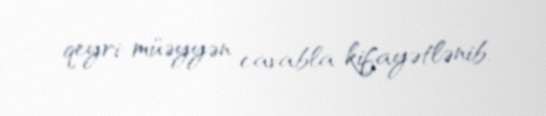
qeyri-müəyyən cavabla kifayətlənib.